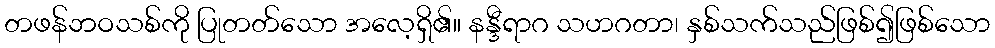
တဖန်ဘဝသစ်ကို ပြုတတ်သော အလေ့ရှိ၏။ နန္ဒီရာဂ သဟဂတာ၊ နှစ်သက်သည်ဖြစ်၍ဖြစ်သော